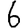
Digit: 6